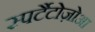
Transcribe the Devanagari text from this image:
स्पर्टैटोज़ोआ